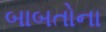
બાબતોના